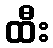
ထီး